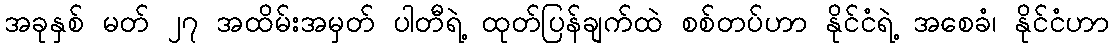
အခုနှစ် မတ် ၂၇ အထိမ်းအမှတ် ပါတီရဲ့ ထုတ်ပြန်ချက်ထဲ စစ်တပ်ဟာ နိုင်ငံရဲ့ အစေခံ၊ နိုင်ငံဟာ